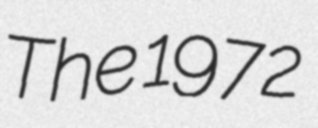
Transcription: The 1972